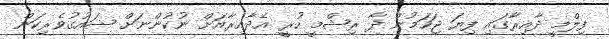
ފިލްމީ ދާއިރާގައި ފިޔަ ޖަހަމުން ދާ ރިޝްމީ ހުރީ އެދާއިރާއަށް ނުކުންނަށް ޝައުގުވެރިކަން